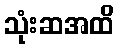
သုံးဆအထိ